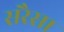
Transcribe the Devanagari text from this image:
सरैसा